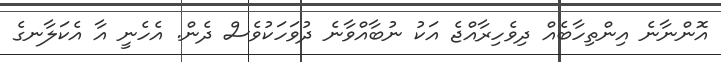
އޮންނާނެ އިންތިހާބެއް ދިވެހިރާއްޖެ އަކު ނުބާއްވާނެ ދުވަހަކުވެސް ދެން. އެހެނީ އާ އެކަލާނގެ